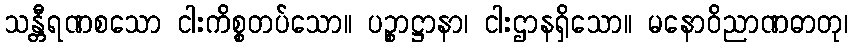
သန္တီရဏစသော ငါးကိစ္စတပ်သော။ ပဉ္စာဋ္ဌာနာ၊ ငါးဌာနရှိသော။ မနောဝိညာဏဓာတု၊